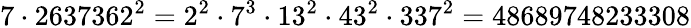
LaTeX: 7\cdot 2637362^{2}=2^{2}\cdot 7^{3}\cdot 13^{2}\cdot 43^{2}\cdot 337^{2}=48689748233308